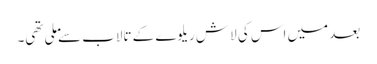
بعد میں اس کی لاش ریلوے کے تالاب سے ملی تھی۔